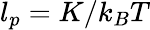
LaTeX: l_{p}=K/k_{B}T